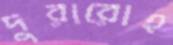
দুরারোহ